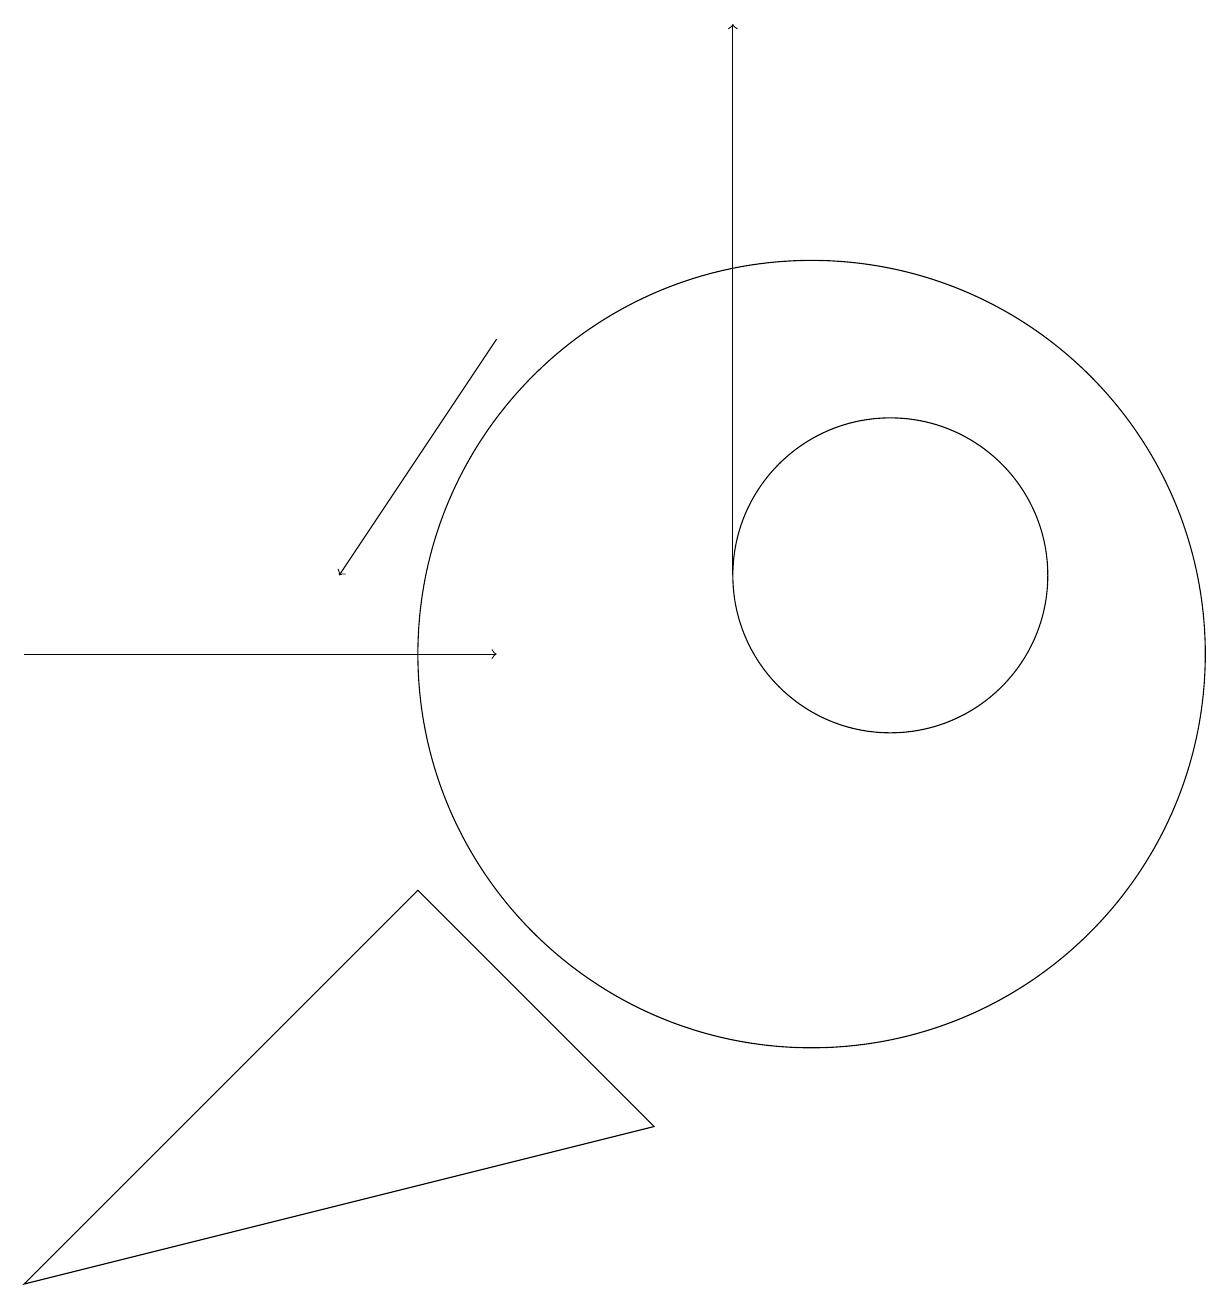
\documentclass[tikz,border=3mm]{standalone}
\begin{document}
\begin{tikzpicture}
\draw[->] (9,11) -- (9,18);
\draw (10,10) circle (5);
\draw[->] (0,10) -- (6,10);
\draw (5,7) -- (8,4) -- (0,2) -- cycle;
\draw[->] (6,14) -- (4,11);
\draw (11,11) circle (2);
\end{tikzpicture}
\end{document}